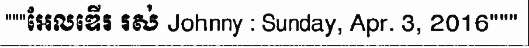
"""អែលឌើរ រស់ Johnny : Sunday, Apr. 3, 2016"""